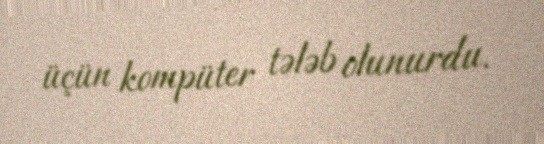
üçün kompüter tələb olunurdu.